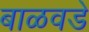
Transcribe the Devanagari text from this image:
बाळवडे